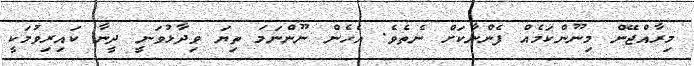
މިރާއްޖޭން މިނޫންކަމެއް ފެންނާކަށް ނެތެވެ. އެހެން ނޫންނަމަ ތިޔަ ވިދާޅުވަނީ ދީނާ ކައިރިވުމަކީ